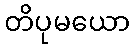
တိပုမယော